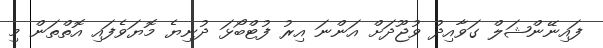
ފައިނޭންޝަލް ގަވާއިދު ވުޖޫދަށް އަންނަ އިރު ފުޓްބޯޅަ ދުނިޔެ މޮޔަވެފައި އޮތްތަން މި